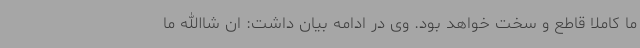
ما کاملا قاطع و سخت خواهد بود. وی در ادامه بیان داشت: ان شاالله ما